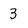
Character: 3